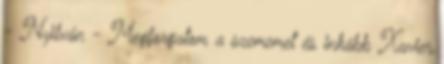
- Nyilván - Megforgatom a szememet és inkább Xavier